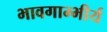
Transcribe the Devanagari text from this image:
भावगाम्भीर्य